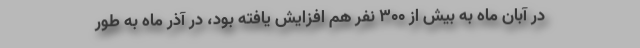
در آبان ماه به بیش از ۳۰۰ نفر هم افزایش یافته بود، در آذر ماه به طور